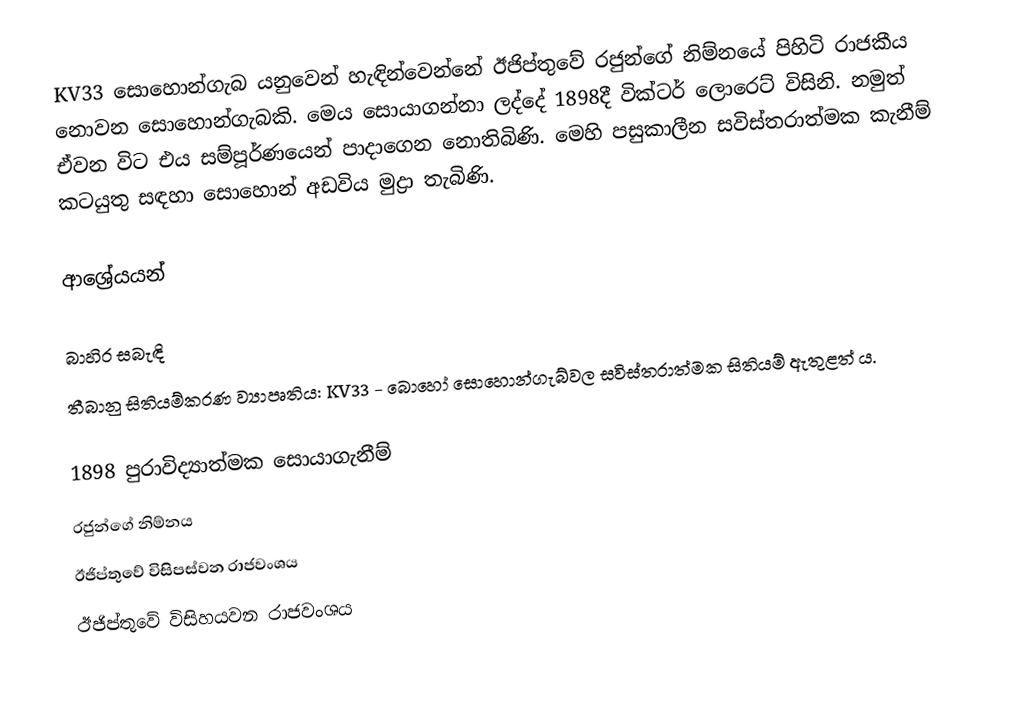
KV33 සොහොන්ගැබ යනුවෙන් හැඳින්වෙන්නේ ඊජිප්තුවේ රජුන්ගේ නිම්නයේ පිහිටි රාජකීය නොවන සොහොන්ගැබකි. මෙය සොයාගන්නා ලද්දේ 1898දී වික්ටර් ලොරෙට් විසිනි. නමුත් ඒවන විට එය සම්පූර්ණයෙන් පාදාගෙන නොතිබිණි. මෙහි පසුකාලීන සවිස්තරාත්මක කැනීම් කටයුතු සඳහා සොහොන් අඩවිය මුද්‍රා තැබිණි.

ආශ්‍රේයයන්

බාහිර සබැඳි
තීබානු සිතියම්කරණ ව්‍යාපෘතිය: KV33 - බොහෝ සොහොන්ගැබ්වල සවිස්තරාත්මක සිතියම් ඇතුළත් ය.

1898 පුරාවිද්‍යාත්මක සොයාගැනීම්
රජුන්ගේ නිම්නය
ඊජිප්තුවේ විසිපස්වන රාජවංශය
ඊජිප්තුවේ විසිහයවන රාජවංශය